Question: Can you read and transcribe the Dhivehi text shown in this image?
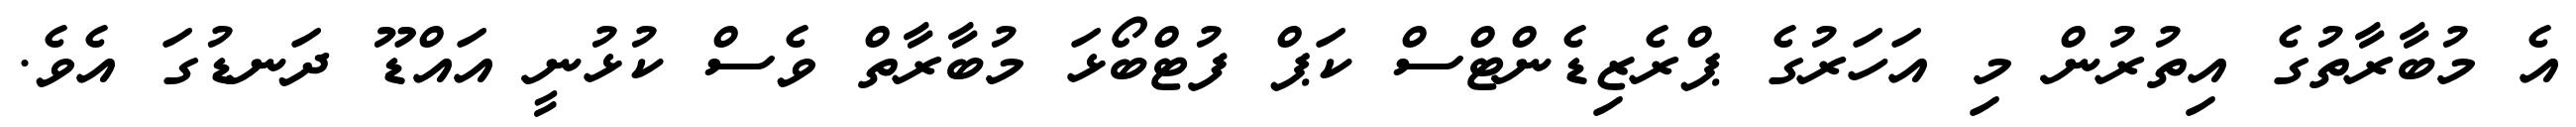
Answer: އެ މުބާރާތުގެ އިތުރުން މި އަހަރުގެ ޕްރެޒިޑެންޓްސް ކަޕް ފުޓްބޯޅަ މުބާރާތް ވެސް ކުޅުނީ އައްޑޫ ދަނޑުގަ އެވެ.